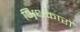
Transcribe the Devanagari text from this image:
अ्रिधकारों